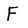
Character: F